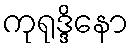
ကုရုဒ္ဒိနော